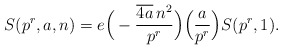
\begin{align*}S(p^r,a,n)=e\Big(-\frac{\overline{4a}\, n^2}{p^r}\Big)\Big(\frac{a}{p^r}\Big)S(p^r,1).\end{align*}